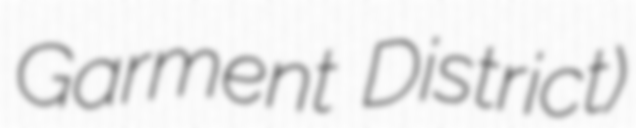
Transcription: Garment District)